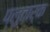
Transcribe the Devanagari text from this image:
प्लुतार्क